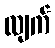
လျက်